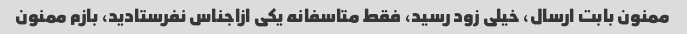
ممنون بابت ارسال، خیلی زود رسید، فقط متاسفانه یکی ازاجناس نفرستادید، بازم ممنون